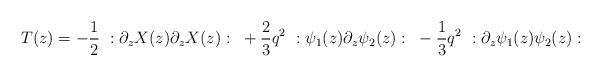
LaTeX: \begin{align*}T(z)=-{1\over 2}~:\partial_z X(z) \partial_z X(z):~+{2\over 3} q^2 ~:\psi_1(z) \partial_z \psi_2(z):~-{1\over 3} q^2 ~:\partial_z \psi_1(z)\psi_2(z) :\end{align*}